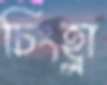
চিংহ্লা